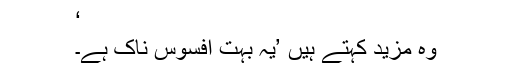
‘
وہ مزید کہتے ہیں ’یہ بہت افسوس ناک ہے۔